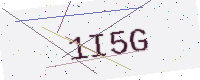
Text: 1I5G